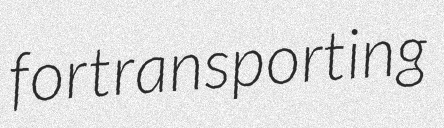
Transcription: for transporting